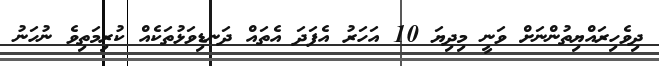
ދިވެހިރައްޔިތުންނަށް ވަނީ މިދިޔަ 10 އަހަރު އެފަދަ އެތައް ދަނޑިވަޅުތަކެއް ކުރިމަތިވެ ނުހަނު